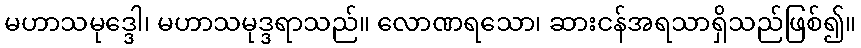
မဟာသမုဒ္ဒေါ၊ မဟာသမုဒ္ဒရာသည်။ လောဏရသော၊ ဆားငန်အရသာရှိသည်ဖြစ်၍။